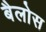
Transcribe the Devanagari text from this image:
बैलोस